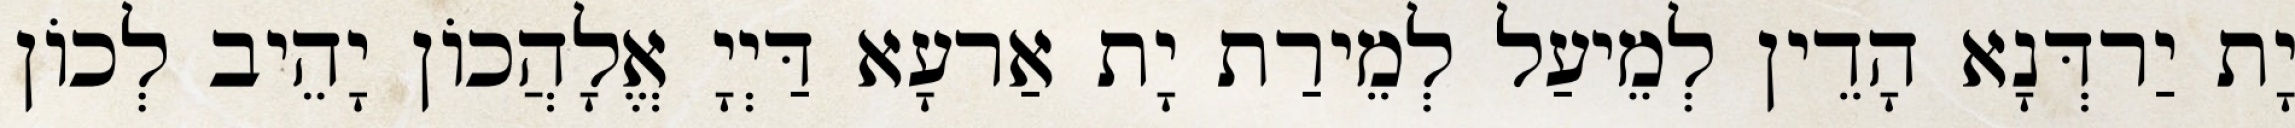
יָת יַרדְּנָא הָדֵין לְמֵיעַל לְמֵירַת יָת אַרעָא דַּיְיָ אֱלָהֲכוֹן יָהֵיב לְכוֹן